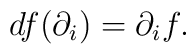
df (\partial_i) = \partial_i f.